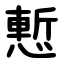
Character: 慙